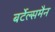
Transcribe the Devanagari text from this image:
बर्टेल्समैन